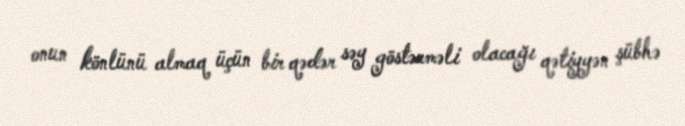
onun könlünü almaq üçün bir qədər səy göstərməli olacağı qətiyyən şübhə